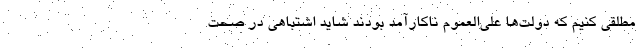
مطلقی کنیم که دولت‌ها علی‌العموم ناکارآمد بودند شاید اشتباهی در صحت